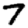
Digit: 7